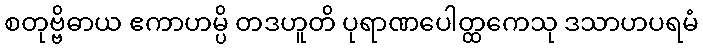
စတုဗ္ဗိဓာယ ဧကာဟမ္ပိ တဒဟူတိ ပုရာဏပေါတ္ထကေသု ဒသာဟပရမံ